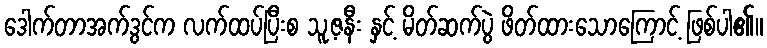
ဒေါက်တာအက်ဒွင်က လက်ထပ်ပြီးစ သူ့ဇနီး နှင့် မိတ်ဆက်ပွဲ ဖိတ်ထားသောကြောင့် ဖြစ်ပါ၏။